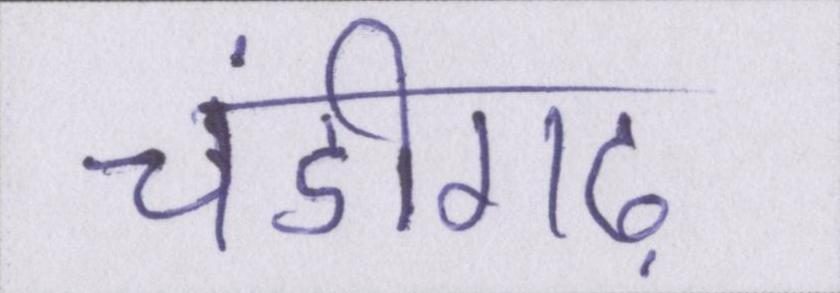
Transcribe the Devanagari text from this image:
चंडीगढ़